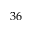
3 6